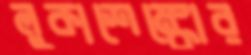
লুকাশেঙ্কোর